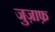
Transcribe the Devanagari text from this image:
जुज़ाफ़